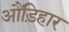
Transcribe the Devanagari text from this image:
औंड़िहार